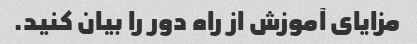
مزایای آموزش از راه دور را بیان کنید.